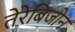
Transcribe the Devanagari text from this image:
तेरेबिजोन